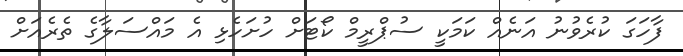
ފާހަގަ ކުރެވުނު އަނެއް ކަމަކީ ސުޕްރީމް ކޯޓަށް ހުށަހެޅި އެ މައްސަލާގެ ތެރެއަށް